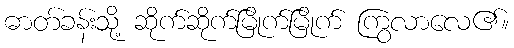
ဓာတ်ခန်းသို့ ဆိုက်ဆိုက်မြိုက်မြိုက် ကြွလာလေ၏။